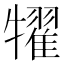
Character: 𤛹